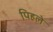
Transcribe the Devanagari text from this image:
पिहले